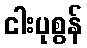
ငါးပုစွန်